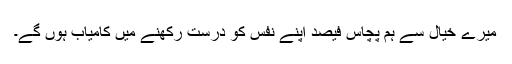
میرے خیال سے ہم پچاس فیصد اپنے نفس کو درست رکھنے میں کامیاب ہوں گے۔